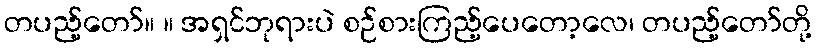
တပည့်တော်။ ။ အရှင်ဘုရားပဲ စဉ်စားကြည့်ပေတော့လေ၊ တပည့်တော်တို့